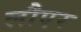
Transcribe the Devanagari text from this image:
लौएर